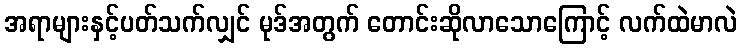
အရာများနှင့်ပတ်သက်လျှင် မုဒ်အတွက် တောင်းဆိုလာသောကြောင့် လက်ထဲမာလဲ